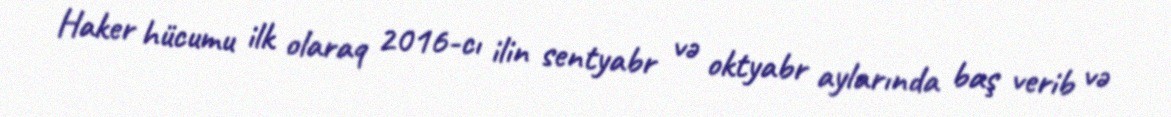
Haker hücumu ilk olaraq 2016-cı ilin sentyabr və oktyabr aylarında baş verib və